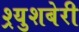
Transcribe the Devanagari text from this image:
श्र्युशबेरी